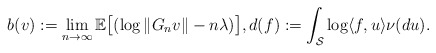
\begin{align*} b(v): = \lim_{n \to \infty} \mathbb{E} \big[ ( \log \|G_n v\| - n \lambda ) \big], d(f) := \int_{ \mathcal{S} } \log \langle f, u \rangle \nu(du). \end{align*}